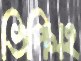
ভিপিসহ